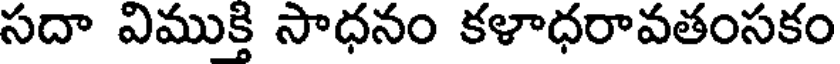
సదా విముక్తి సాధనం కళాధరావతంసకం